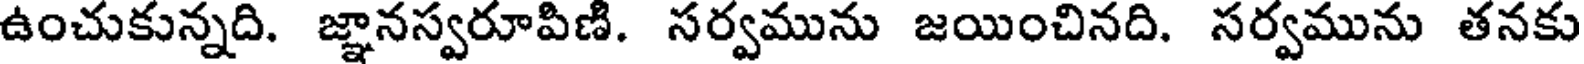
ఉంచుకున్నది. జ్ఞానస్వరూపిణి. సర్వమును జయించినది. సర్వమును తనకు